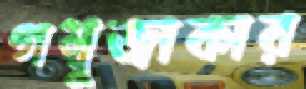
গম্বুজাকার